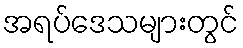
အရပ်ဒေသများတွင်